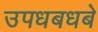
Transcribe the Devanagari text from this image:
उपधबधबे